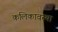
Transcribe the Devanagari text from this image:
कलिकावस्था